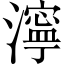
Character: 濘